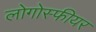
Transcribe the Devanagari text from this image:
लोगोस्फीयर